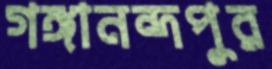
গঙ্গানন্দপুর